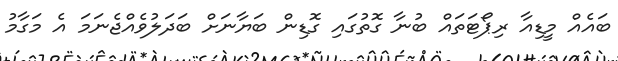
ބައެއް މީޑިއާ ރިޕޯޓަތައް ބުނާ ގޮތުގައި ގޮޑިން ބަޔާނަށް ބަދަލުވެއްޖެނަމަ އެ މަގާމު